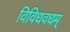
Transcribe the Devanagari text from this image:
विविधवधम्